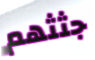
جثثهم